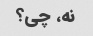
نه، چی؟